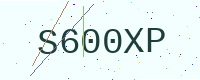
Text: S600XP